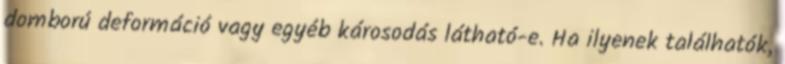
domború deformáció vagy egyéb károsodás látható-e. Ha ilyenek találhatók,